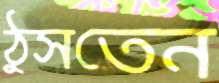
ঠুসতেন